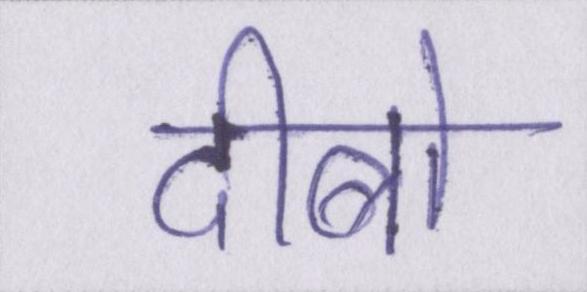
दीबो